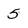
Character: 5